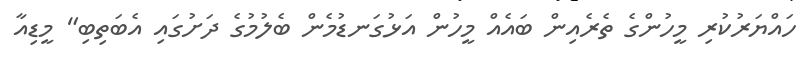
ހައްޔަރުކުރި މީހުންގެ ތެރެއިން ބައެއް މީހުން އަޅުގަނޑުމެން ބެލުމުގެ ދަށުގައި އެބަތިބި" މީޑިއާ